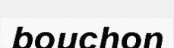
bouchon